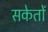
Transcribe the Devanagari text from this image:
सकेतों